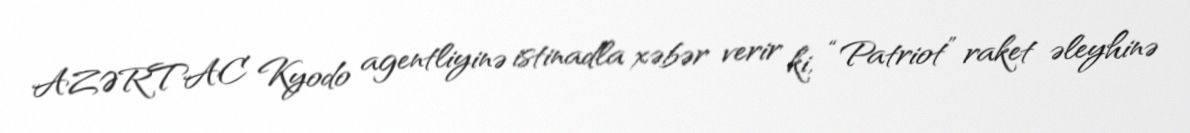
AZƏRTAC Kyodo agentliyinə istinadla xəbər verir ki, “Patriot” raket əleyhinə